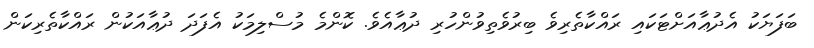
ބަފަޔަކު އެދުޢާއަށްޓަކައި ރައްކާތެރިވެ ބިރުވެތިވުންހުރި ދުޢާއެވެ. ކޮންމެ މުސްލިމަކު އެފަދަ ދުޢާއަކުން ރައްކާތެރިކަން